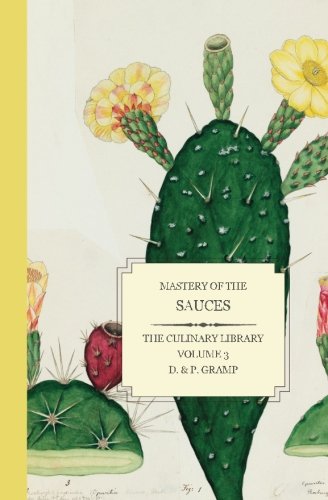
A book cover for Mastery of the SAUCES (The Culinary Library) (Volume 3); D & P Gramp; Cookbooks, Food & Wine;